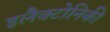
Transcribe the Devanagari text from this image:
इलैक्टोनिकी